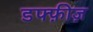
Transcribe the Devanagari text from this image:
डफ्फ़ीज़